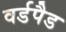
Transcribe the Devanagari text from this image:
वर्डपैड